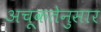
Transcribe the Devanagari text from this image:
अचूकतेनुसार